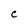
Character: C